Annual report of the Punjab Veterinary College and of the Civil Veterinary Department, Punjab - 1909-1919
Year: 1909
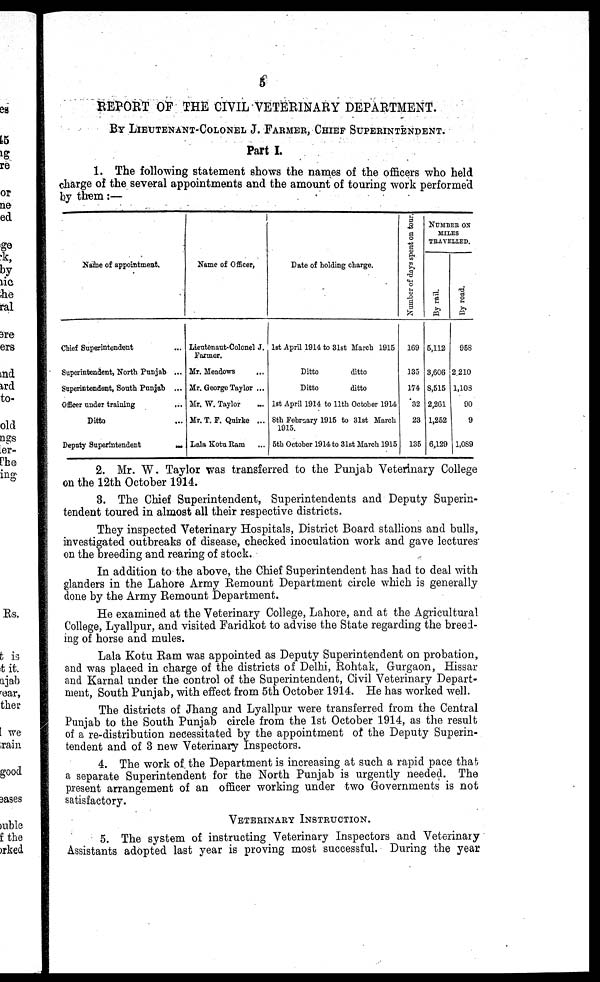
5
REPORT OF THE CIVIL VETERINARY DEPARTMENT.
BY LIEUTENANT-COLONEL J. FARMER, CHIEF SUPERINTENDENT.
Part I.
1. The following statement shows the names of the officers who held
charge of the several appointments and the amount of touring work performed
by them:—
Name of appointment.
Chief Superintendent ...
Superintendent, North Punjab ...
Superintendent, South Punjab ...
Officer under training
...
Ditto ...
Deputy Superintendent
...
...
Name of Officer.
Lieutenaut-Colonel J.
Farmer.
Mr. Meadows
...
Mr. George Taylor ...
Mr. W. Taylor ...
Mr. T. F. Quirke ...
Lala Kotu Ram ... ...
Date of holding charge.
1st April 1914 to 31st March 1915
Ditto
ditto
Ditto
ditto
1st April 1914 to 11th October 1914
8th February 1915 to 31st March
1915.
5th October 1914 to 31st March 1915
Number of days spent on tour.
169
135
174
32
23
135
NUMBER ON
MILES
TRAVELLED.
By rail.
5,112
3,606
8,515
2,261
1,252
6,129
By road.
958
2,210
1,103
90
9
1,089
2. Mr. W. Taylor was transferred to the Punjab Veterinary College
on the 12th October 1914.
3. The Chief Superintendent, Superintendents and Deputy Superin-
tendent toured in almost all their respective districts.
They inspected Veterinary Hospitals, District Board stallions and bulls,
investigated outbreaks of disease, checked inoculation work and gave lectures'
on the breeding and rearing of stock.
In addition to the above, the Chief Superintendent has had to deal with
glanders in the Lahore Army Remount Department circle which is generally
done by the Army Remount Department.
He examined at the Veterinary College, Lahore, and at the Agricultural
College, Lyallpur, and visited Faridkot to advise the State regarding the breed-
ing of horse and mules.
Lala Kotu Ram was appointed as Deputy Superintendent on probation,
and was placed in charge of the districts of Delhi, Rohtak, Gurgaon, Hissar
and Karnal under the control of the Superintendent, Civil Veterinary Depart-
ment, South Punjab, with effect from 5th October 1914. He has worked well.
The districts of Jhang and Lyallpur were transferred from the Central
Punjab to the South Punjab circle from the 1st October 1914, as the result
of a re-distribution necessitated by the appointment of the Deputy Superin-
tendent and of 3 new Veterinary Inspectors.
4. The work of the Department is increasing at such a rapid pace that
a separate Superintendent for the North Punjab is urgently needed. The
present arrangement of an officer working under two Governments is not
satisfactory.
VETERINARY INSTRUCTION.
5. The system of instructing Veterinary Inspectors and Veterinary
Assistants adopted last year is proving most successful. During the year